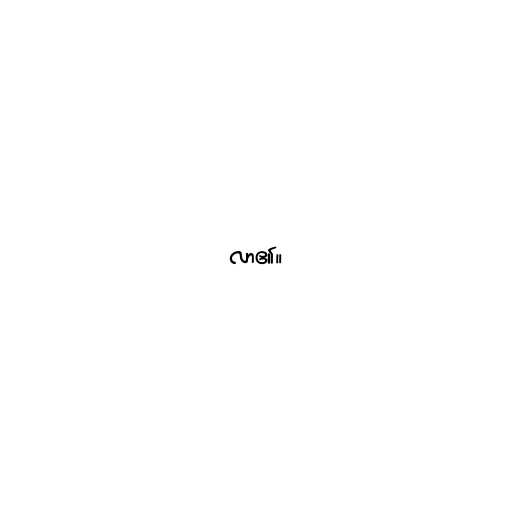
လာ၏။